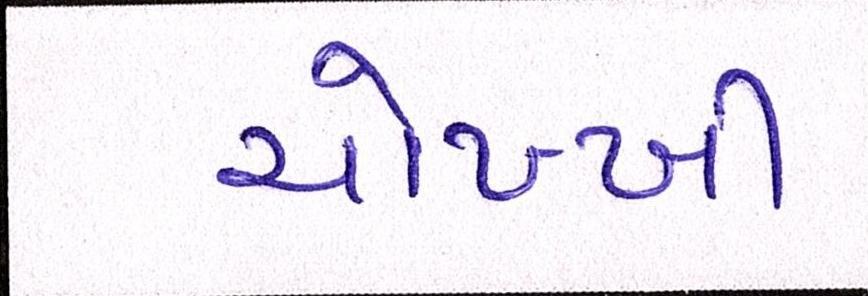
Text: ચોખ્ખી